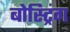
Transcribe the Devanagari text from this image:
बोस्ट्रिंग